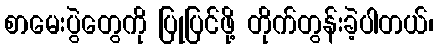
စာမေးပွဲတွေကို ပြုပြင်ဖို့ တိုက်တွန်းခဲ့ပါတယ်၊